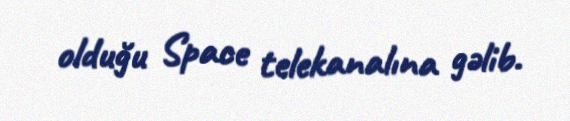
olduğu Space telekanalına gəlib.